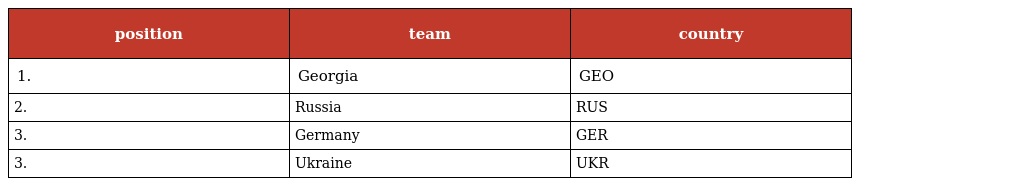
| position | team | country |
 | --- | --- | --- |
 | 1. | Georgia | GEO |
 | 2. | Russia | RUS |
 | 3. | Germany | GER |
 | 3. | Ukraine | UKR |